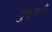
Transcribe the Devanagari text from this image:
गुरूऔं